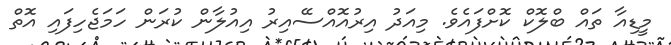
މީޑިއާ ތައް ބްލޮކް ކޮށްފައެވެ. މިއަދު އިރުއޮއްސޭއިރު އިއުލާން ކުރަން ހަމަޖެހިފައި އޮތް